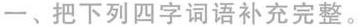
一、把下列四字词语补充完整。